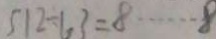
5 1 2 \div 6 3 = 8 \cdots 8